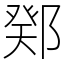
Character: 鄈